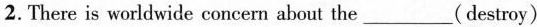
2.There is worldwide concern about the___(destroy)